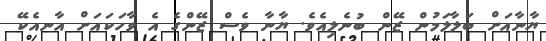
ޔާނާއަށް ބަލާލަމުން ޒޭން ބުނެލިއެވެ. ޔާނާ ވެސް ޒޭންގެ އެ ވާހަކައަށް އާނއެކޭ